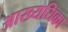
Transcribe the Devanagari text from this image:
आख्ययिका